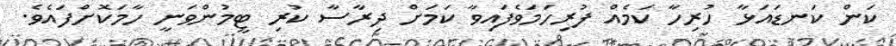
ކަން ކަނޑައަޅާ ހުރިހާ ކަމެއް ފުރިހަމަވެފައިވާ ކަމަށް ދިރާސާ ކުރި ޓީމުންވަނީ ހާމަކޮށްފައެވެ.